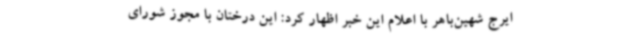
ایرج شهین‌باهر با اعلام این خبر اظهار کرد: این درختان با مجوز شورای